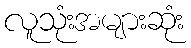
လူသုံးအများဆုံး